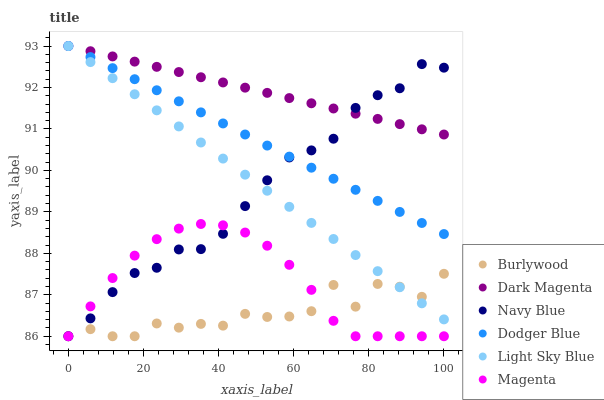
| xaxis_label | Burlywood | Dark Magenta | Navy Blue | Dodger Blue | Light Sky Blue | Magenta |
 | --- | --- | --- | --- | --- | --- | --- |
 | 0 | 86 | 93 | 86 | 93 | 93 | 86 |
 | 5.88 | 86.2 | 92.9 | 86.4 | 92.7 | 92.6 | 86.7 |
 | 11.8 | 86 | 92.7 | 87.1 | 92.5 | 92.2 | 87.4 |
 | 17.6 | 86 | 92.6 | 87.5 | 92.2 | 91.8 | 87.9 |
 | 23.5 | 86.3 | 92.5 | 87.7 | 91.9 | 91.4 | 88.3 |
 | 29.4 | 86.2 | 92.4 | 88.1 | 91.7 | 91.1 | 88.6 |
 | 35.3 | 86.3 | 92.2 | 88.1 | 91.4 | 90.7 | 88.7 |
 | 41.2 | 86.3 | 92.1 | 88.5 | 91.1 | 90.3 | 88.7 |
 | 47.1 | 86.5 | 92 | 89.1 | 90.9 | 89.9 | 88.5 |
 | 52.9 | 86.5 | 91.9 | 89.8 | 90.6 | 89.5 | 88.2 |
 | 58.8 | 86.5 | 91.7 | 90.3 | 90.3 | 89.1 | 87.7 |
 | 64.7 | 86.6 | 91.6 | 90.5 | 90.1 | 88.7 | 87.1 |
 | 70.6 | 87.2 | 91.5 | 90.8 | 89.8 | 88.3 | 86.4 |
 | 76.5 | 86.7 | 91.4 | 91.5 | 89.5 | 88 | 86 |
 | 82.4 | 87.3 | 91.2 | 91.8 | 89.3 | 87.6 | 86 |
 | 88.2 | 87.2 | 91.1 | 92 | 89 | 87.2 | 86 |
 | 94.1 | 87 | 91 | 92.6 | 88.7 | 86.8 | 86 |
 | 100 | 87.5 | 90.9 | 92.5 | 88.5 | 86.4 | 86 |